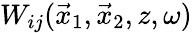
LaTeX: W_{ij}(\vec{x}_{1},\vec{x}_{2},z,\omega)